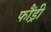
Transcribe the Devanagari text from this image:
फौंड्री